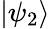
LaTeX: \left|\psi_{2}\right\rangle